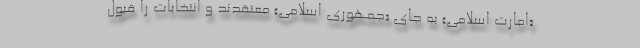
«امارت اسلامی» به جای «جمهوری اسلامی» معتقدند و انتخابات را قبول